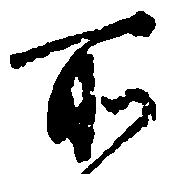
所